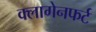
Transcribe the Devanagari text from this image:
क्लागेनफर्ट